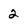
Character: 2